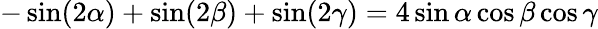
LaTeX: -\sin(2\alpha)+\sin(2\beta)+\sin(2\gamma)=4\sin\alpha\cos\beta\cos\gamma